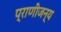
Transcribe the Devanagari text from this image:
प्राणीजन्य